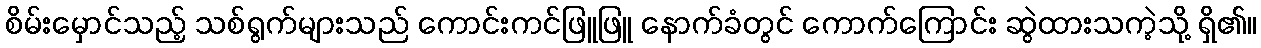
စိမ်းမှောင်သည့် သစ်ရွက်များသည် ကောင်းကင်ဖြူဖြူ နောက်ခံတွင် ကောက်ကြောင်း ဆွဲထားသကဲ့သို့ ရှိ၏။